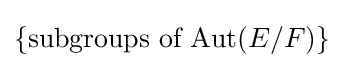
\{{\text{subgroups of Aut}}(E/F)\}